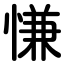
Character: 慊